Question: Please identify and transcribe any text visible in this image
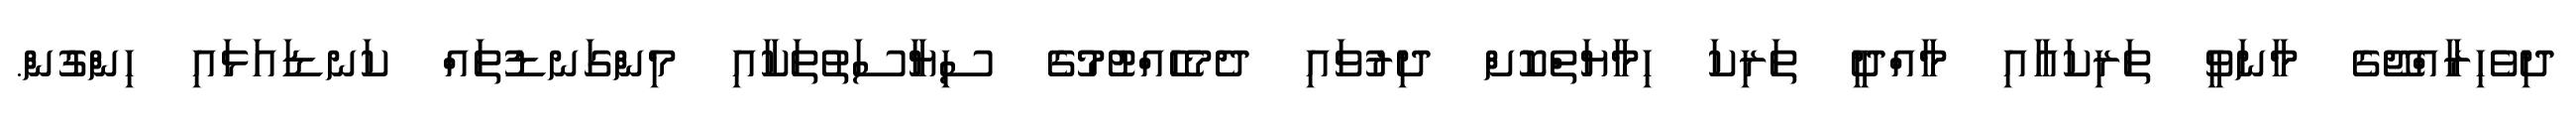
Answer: ދިވެހިރާއްޖޭގެ މާނަވީ ތަރިކައާއި މާއްދީ ތަރިކަ ހިމާޔަތްކޮށް ދިރުވައި ދެމެހެއްޓުމުގެ ސިޔާސަތުތަކާއި މިންގަނޑުތައް ކަނޑައަޅައި ހިންގުން.